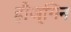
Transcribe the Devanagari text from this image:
हौज्गिन